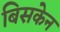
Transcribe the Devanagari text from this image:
बिसकेन